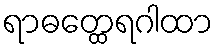
ရာဓတ္ထေရဂါထာ